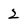
Character: 2